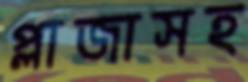
প্লাজাসহ